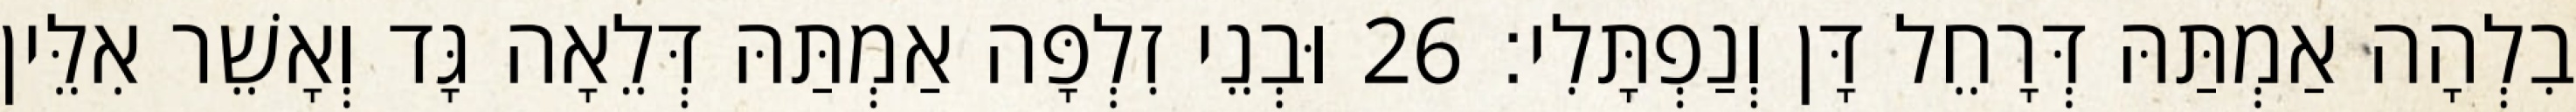
בִלְהָה אַמְתַּהּ דְּרָחֵל דָּן וְנַפְתָּלִי׃ 26 וּבְנֵי זִלְפָּה אַמְתַּהּ דְּלֵאָה גָּד וְאָשֵׁר אִלֵּין